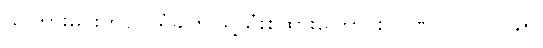
သိကြားမင်းကိုပင် ရံခါဤသို့သုံးစွဲထားကြောင်း၊ ပဏ်-၁-ပါ-၁၉၅၊